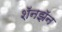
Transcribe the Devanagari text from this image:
शॅनझॅन